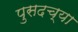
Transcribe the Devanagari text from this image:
पुसदच्या